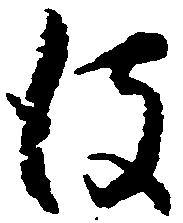
彼